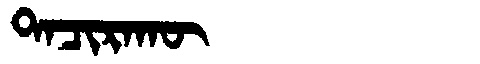
Manchu: ᡨᠠᠴᡳᡵᠠᡴᡡ
Romanization: TACIRAKŪ